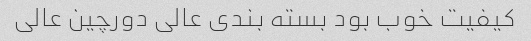
کیفیت خوب بود بسته بندی عالی دورچین عالی